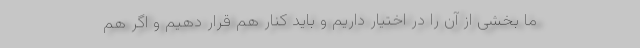
ما بخشی از آن را در اختیار داریم و باید کنار هم قرار دهیم و اگر هم